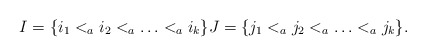
\begin{align*}I = \{i_1 <_a i_2 <_a \ldots <_a i_k\} J = \{j_1 <_a j_2 <_a \ldots <_a j_k\}.\end{align*}